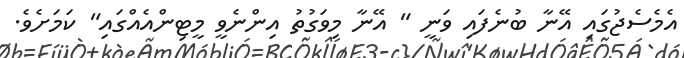
އެމެސެޖުގައި އޭނާ ބުނެފައި ވަނީ " އޭނާ މިވަގުތު އިންނެވީ މީޓިންއެއްގައި" ކަމަށެވެ.